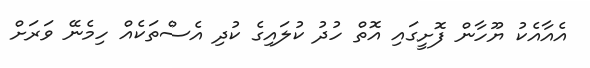
އެއާއެކު ޔޫހާން ފޮށީގައި އޮތް ހުދު ކުލައިގެ ކުދި އެސްތަކެއް ހިމެނޭ ވަރަށް